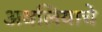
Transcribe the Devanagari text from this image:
अवलियाचे